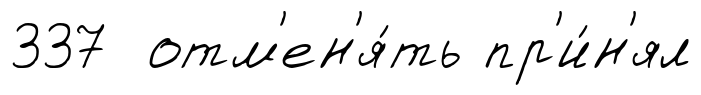
337 отм'ен'я́ть пр'и́н'ял